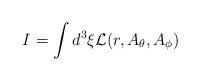
LaTeX: \begin{align*}I=\int d^3\xi{\cal L}(r, A_{\theta}, A_{\phi})\end{align*}